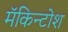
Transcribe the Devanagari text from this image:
मॅकिन्टोश